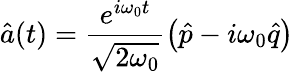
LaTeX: \hat{a}(t)=\frac{{e}^{i\omega_{0}t}}{\sqrt{2\omega_{0}}}\left(\hat{p}-i\omega_{0}\hat{q}\right)